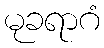
မုခရာဂံ